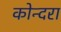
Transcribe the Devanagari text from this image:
कोन्दरा